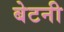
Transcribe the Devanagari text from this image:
बेटनी